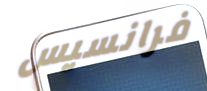
فرانسيس